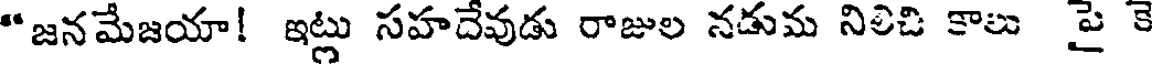
"జనమేజయా! ఇట్లు సహదేవుడు రాజుల నడుమ నిలిచి కాలు పై కె